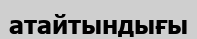
атайтындығы